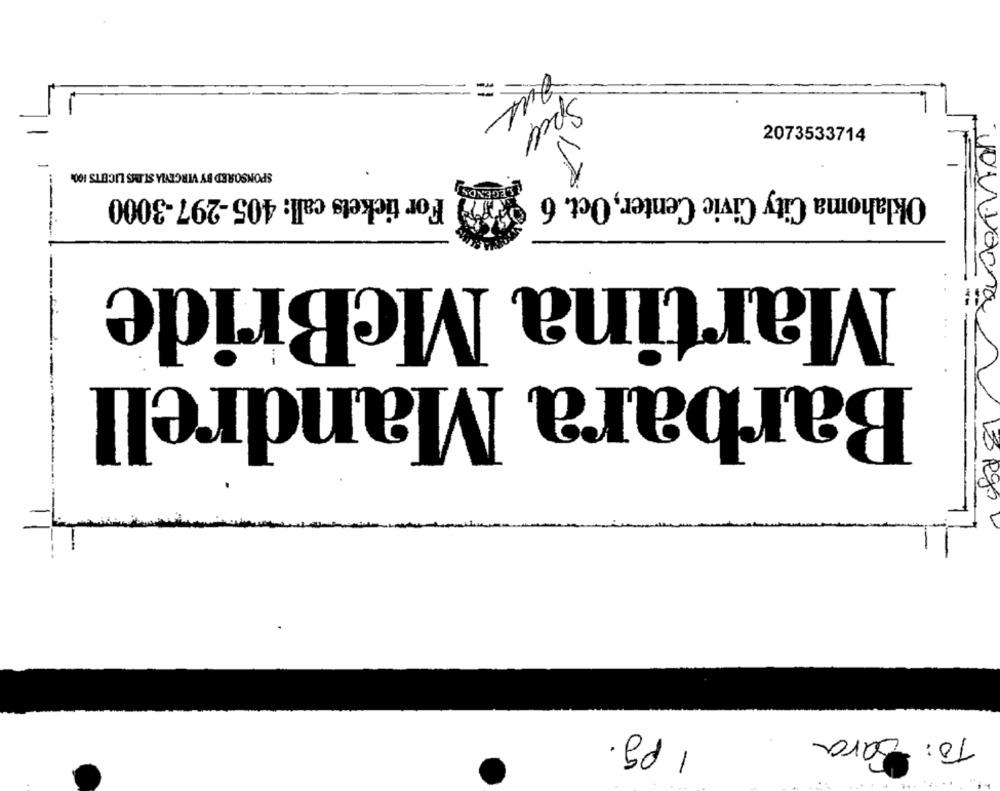
Spell
2073533714
SPONSORED BY VIRGIYLA ST.DS LICHTS 100%
LEGENDS
Oklahoma City Civic Center, Oct. 6
For tickets call: 405-297-3000
Martina McBride
Barbara Mandrell
13 Ago
1 pg.
To: Sara